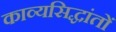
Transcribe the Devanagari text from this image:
काव्यसिद्धांतों